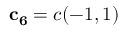
\mathbf { c _ { 6 } } = c ( - 1 , 1 )